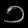
Digit: ၁